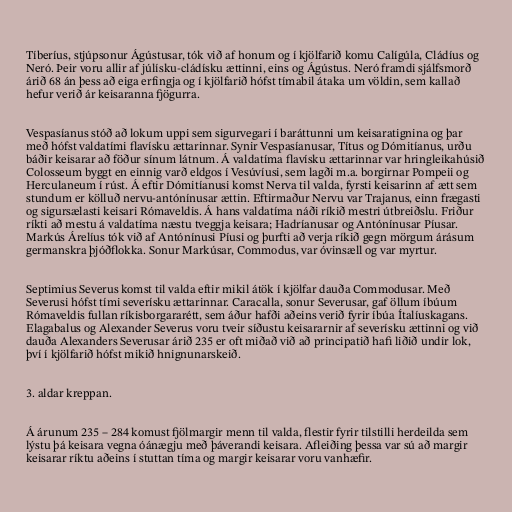
Tíberíus, stjúpsonur Ágústusar, tók við af honum og í kjölfarið komu Calígúla, Cládíus og
Neró. Þeir voru allir af júlísku-cládísku ættinni, eins og Ágústus. Neró framdi sjálfsmorð
árið 68 án þess að eiga erfingja og í kjölfarið hófst tímabil átaka um völdin, sem kallað
hefur verið ár keisaranna fjögurra.

Vespasíanus stóð að lokum uppi sem sigurvegari í baráttunni um keisaratignina og þar
með hófst valdatími flavísku ættarinnar. Synir Vespasíanusar, Títus og Dómitíanus, urðu
báðir keisarar að föður sínum látnum. Á valdatíma flavísku ættarinnar var hringleikahúsið
Colosseum byggt en einnig varð eldgos í Vesúvíusi, sem lagði m.a. borgirnar Pompeii og
Herculaneum í rúst. Á eftir Dómitíanusi komst Nerva til valda, fyrsti keisarinn af ætt sem
stundum er kölluð nervu-antónínusar ættin. Eftirmaður Nervu var Trajanus, einn frægasti
og sigursælasti keisari Rómaveldis. Á hans valdatíma náði ríkið mestri útbreiðslu. Friður
ríkti að mestu á valdatíma næstu tveggja keisara; Hadríanusar og Antónínusar Píusar.
Markús Árelíus tók við af Antónínusi Píusi og þurfti að verja ríkið gegn mörgum árásum
germanskra þjóðflokka. Sonur Markúsar, Commodus, var óvinsæll og var myrtur.

Septimius Severus komst til valda eftir mikil átök í kjölfar dauða Commodusar. Með
Severusi hófst tími severísku ættarinnar. Caracalla, sonur Severusar, gaf öllum íbúum
Rómaveldis fullan ríkisborgararétt, sem áður hafði aðeins verið fyrir íbúa Ítalíuskagans.
Elagabalus og Alexander Severus voru tveir síðustu keisararnir af severísku ættinni og við
dauða Alexanders Severusar árið 235 er oft miðað við að principatið hafi liðið undir lok,
því í kjölfarið hófst mikið hnignunarskeið.

3. aldar kreppan.

Á árunum 235 – 284 komust fjölmargir menn til valda, flestir fyrir tilstilli herdeilda sem
lýstu þá keisara vegna óánægju með þáverandi keisara. Afleiðing þessa var sú að margir
keisarar ríktu aðeins í stuttan tíma og margir keisarar voru vanhæfir.